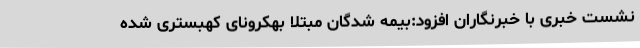
نشست خبری با خبرنگاران افزود:بیمه شدگان مبتلا بهکرونای کهبستری شده